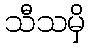
သီသမှိ